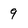
Character: 9